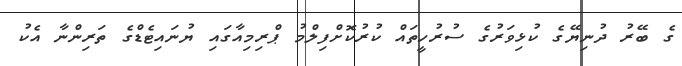
ގެ ބޭރު ދުނިޔޭގެ ކުޅިވަރުގެ ސުރުހީތައް ކުރުކޮށްފިލްމު ޕްރިމިއާގައި ޔުނައިޓެޑްގެ ތަރިންނާ އެކު